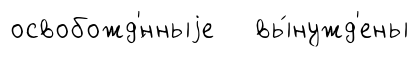
освобожд'́нныjе вы́нужд'ены